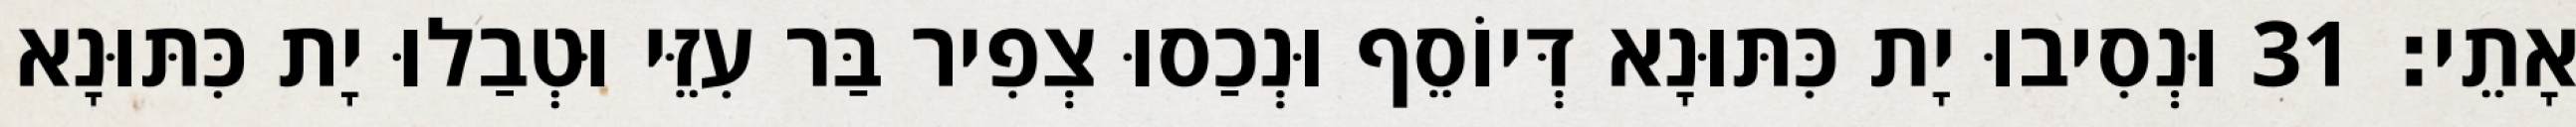
אָתֵי׃ 31 וּנְסִיבוּ יָת כִּתּוּנָא דְּיוֹסֵף וּנְכַסוּ צְפִיר בַּר עִזֵּי וּטְבַלוּ יָת כִּתּוּנָא